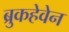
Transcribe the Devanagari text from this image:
ब्रुकहेवेन